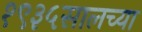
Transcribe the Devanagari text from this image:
१९३५सालच्या